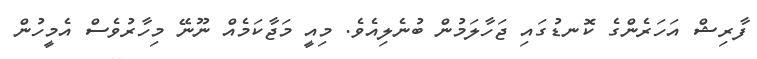
ފާރިޝް އަހަރެންގެ ކޮނޑުގައި ޖަހާލަމުން ބުނެލިއެވެ. މިއީ މަޖާކަމެއް ނޫނޭ މިހާރުވެސް އެމީހުން